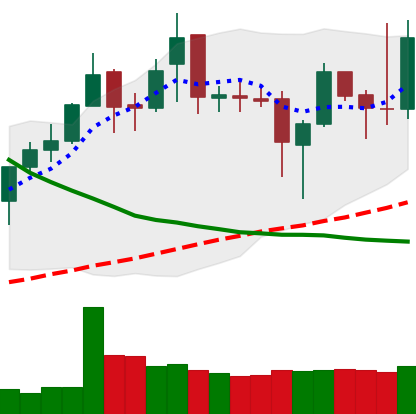
Ticker: XMR-USD
Chart end date: 2019-03-31
Forward return: 23.757%
Label: up_7plus